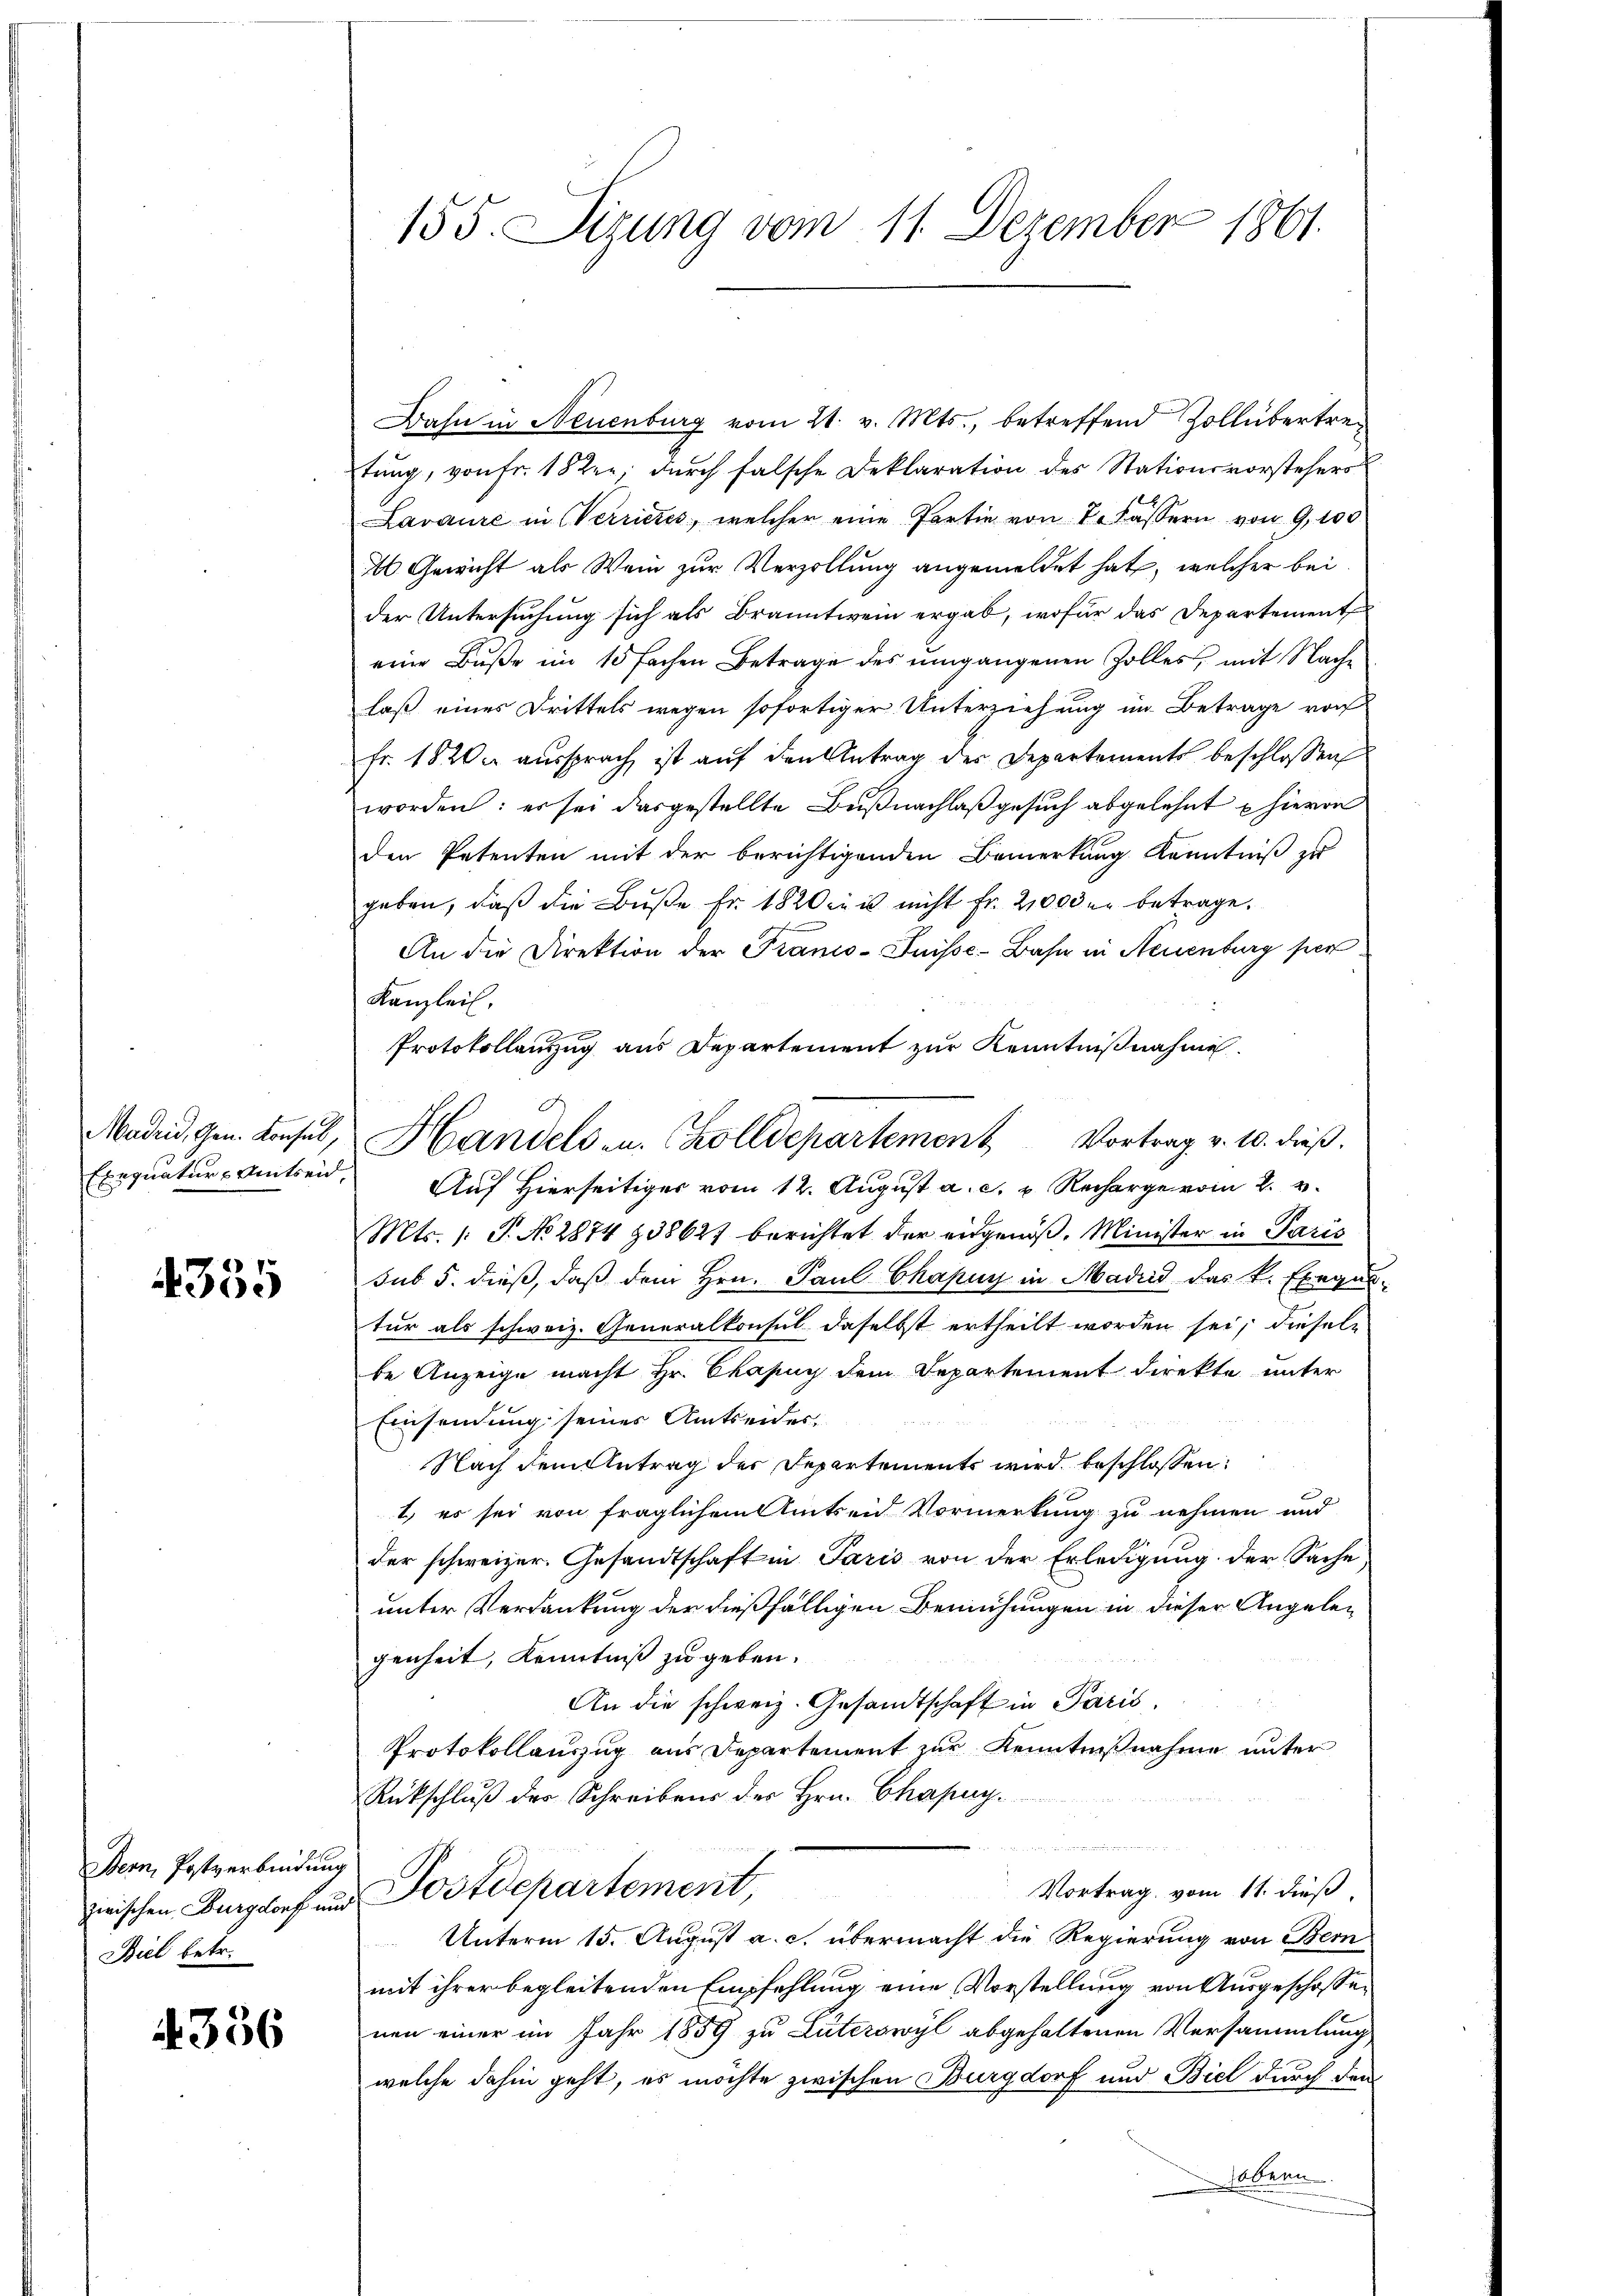
335

Bern Postverbindung
Biel betr.

4336

Bahn in Neuenburg vom 21. v. Mts., betreffend Zollübertretung, von fr. 18 Rer; durch falsche Deklaration des Stationsvorstehers
Lavaure in Verrieres, welcher eine Partie von Dr Kassern von 9,100
Al Gewicht als Wein zur Verzollung angemeldet hat, welcher bei
der Untersuchung sich als Branntwein ergab, wofür das Departement
eine Buße im 15 fachen Betrage des umgangenen Zolles, mit Nachlaß eines Drittels wegen sofortiger Unterziehung im Betrage von
fr. 1820 aussprach ist auf den Antrag des Departements beschlossen
worden: es sei das gestellte Bŭβnachlaß gesuch abgelehnt hieren
den Petenten mit der berichtigenden Bemerkung Kenntniß zu
geben, daß die Buße Fr. 1820 ein nicht fr. 21000 betrage.
An die Direktion der Franco- Puisse-Bahn in Neuenburg per
Kanzlei,
.
Protokollanzug aus Departement zur Kenntnißnahme.
Exequatur-Amtsen. Auf Hierseitiger vom 12. August a. c. u. Recharge vom 2. v.
Mts. /: P. No 2874 & 38627 berichtet der eidgenöß, Minister in Paris
sub 5. dieß, daß dem Hrn. Paul Chapuy in Madrid das k. Exegel-
tur als schweiz. Generalkonsul daselbst ertheilt worden sei, dieseln
be Anzeige macht Hr. Chapuy dem Departement direkte unter
Einsendung seines Amtseides,
Nach dem Antrag der Departements wird beschlossen:
1) es sei von fraglichem Amtseid Vormerkung zu nehmen und
der schweizer. Gesandtschaft in Paris von der Erledigung der Sache
unter Verdankung der dießfälligen Bemühungen in dieser Angelegenheit, Kenntniß zu geben.
An die schweiz. Gesandtschaft in Paris,
Protokollauszug aus Departement zur Kenntnißnahme unter
Rückschluß der Schreibens der Hrn. Chapag.
n
Vortrag vom 11. dieß,
zwischen Burgdorf und Postdepartement
Unterm 15. August a. c. übermacht die Regierung von Bern
mit ihrer begleitenden Empfehlung eine Vorstellung von Ausgeschossenen einer im Jahr 1889 zu Laterswyl abgehaltenen Versammlung
welche dahin geht, es möchte zwischen Burgdorf und Biel durch den
Obern

155. Sizung vom 11. Dezember 1861.

Madrid, gen. Konsul, Handels- u. Colldepartement Vortrag v. 10. dieβ.